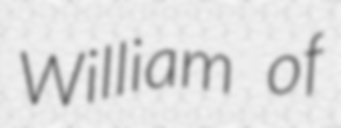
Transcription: William of